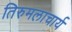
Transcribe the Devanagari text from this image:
तिरुमलाचार्य